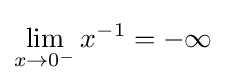
\lim _{x\to 0^{-}}{x^{-1}}=-\infty